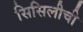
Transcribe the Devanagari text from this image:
सिसिलीची